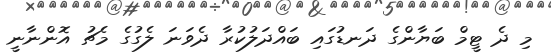
މި ދެ ޓީމް ބަޔާންގެ ދަނޑުގައި ބައްދަލުކުރާ ދެވަނަ ލެގުގެ މެޗު އޮންނާނީ